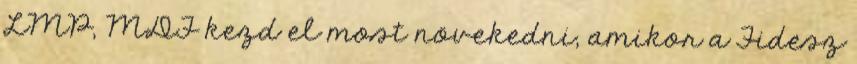
LMP, MDF kezd el most növekedni, amikor a Fidesz